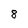
Character: 8